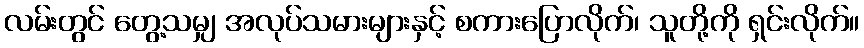
လမ်းတွင် တွေ့သမျှ အလုပ်သမားများနှင့် စကားပြောလိုက်၊ သူတို့ကို ရှင်းလိုက်။